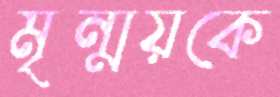
মৃন্ময়কে